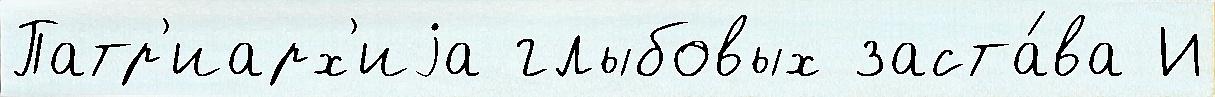
Патр'иарх'иjа глыбовых заста́ва И